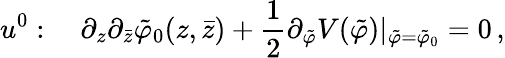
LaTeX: u^{0}:\quad\partial_{z}\partial_{\bar{z}}\tilde{\varphi}_{0}(z,\bar{z})+\frac{1}{2}\partial_{\tilde{\varphi}}V(\tilde{\varphi})|_{\tilde{\varphi}=\tilde{\varphi}_{0}}=0\, ,